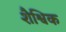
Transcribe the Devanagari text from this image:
शैश्विक